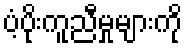
ပံ့ပိုးကူညီမှုများကို